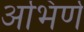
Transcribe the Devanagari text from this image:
अभिर्ण